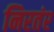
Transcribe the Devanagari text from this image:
निरतंर